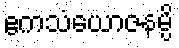
ဧကသံယောဇနမ္ပိ